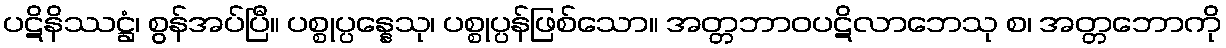
ပဋိနိဿဋ္ဌံ၊ စွန်အပ်ပြီ။ ပစ္စုပ္ပန္နေသု၊ ပစ္စုပ္ပန်ဖြစ်သော။ အတ္တဘာဝပဋိလာဘေသု စ၊ အတ္တဘောကို